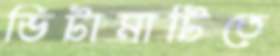
ভিটামাটিতে